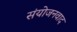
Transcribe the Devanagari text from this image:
संयोजनवाद